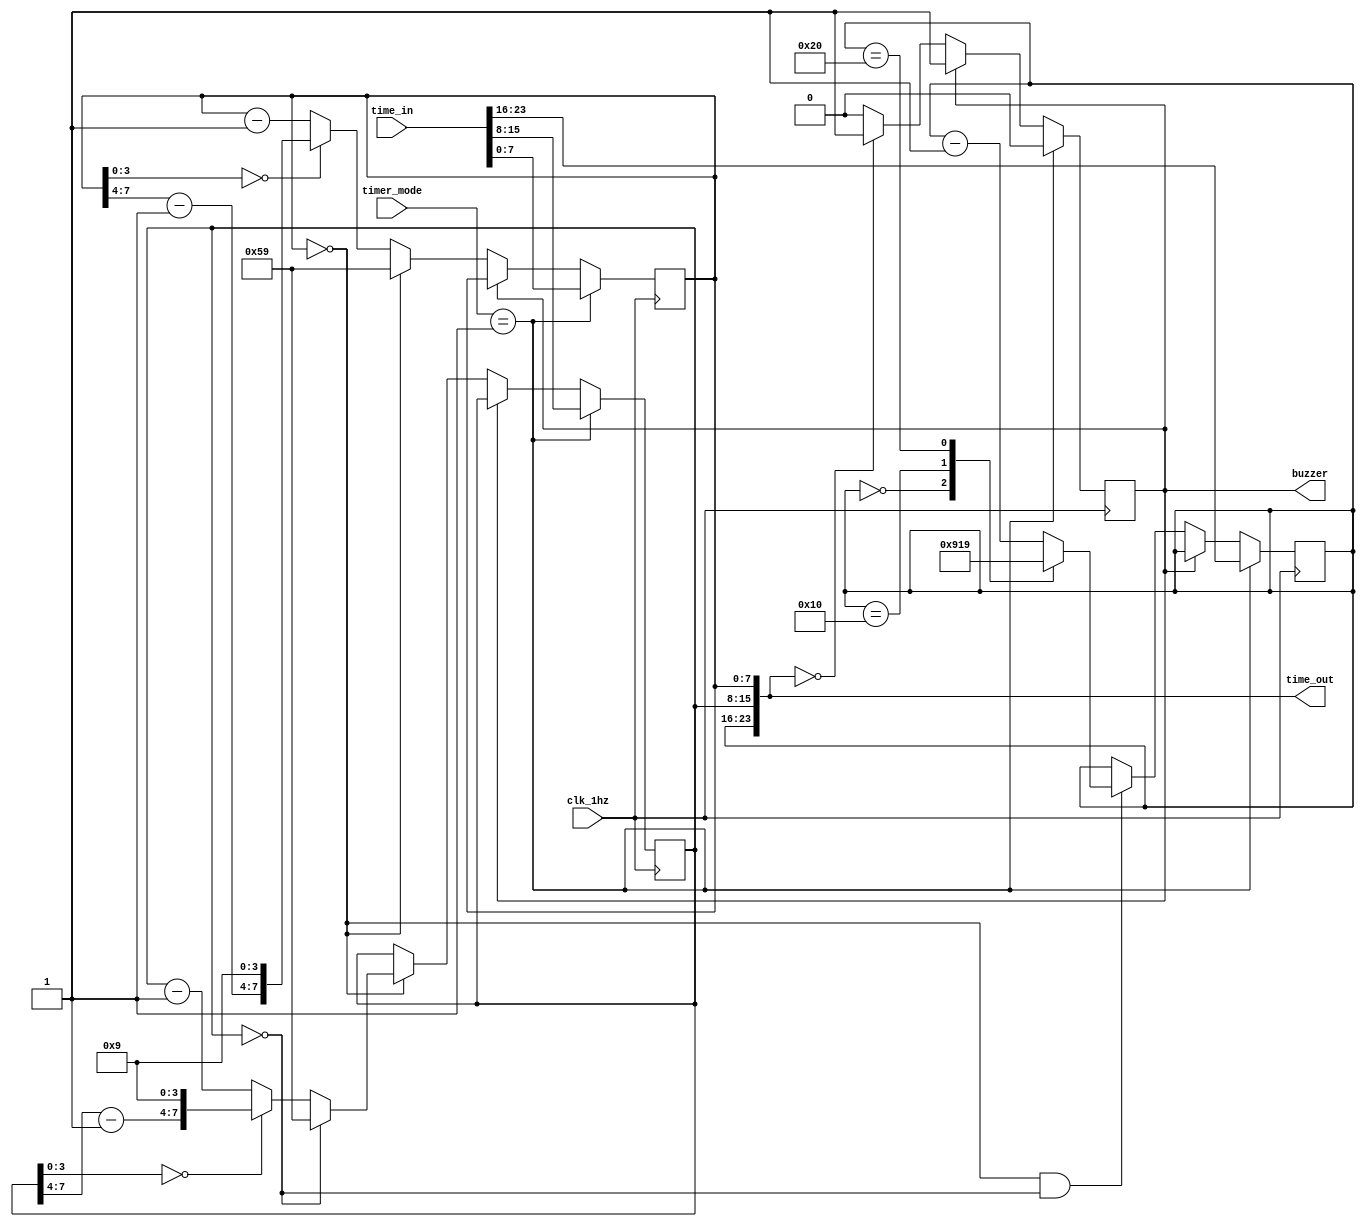
module timer(input wire clk_1hz, input wire[1:0] timer_mode, input wire[23:0] time_in, output wire[23:0] time_out, output wire buzzer);

  //separated time signals to respective meaning
  wire [7:0] sec_in, min_in, hour_in;
  reg [7:0] sec_reg, min_reg, hour_reg;
  reg isbuzzer;

  //separation and combination of time signals
  assign {hour_in, min_in, sec_in} = time_in;
  assign time_out = {hour_reg, min_reg, sec_reg};
  assign buzzer = isbuzzer; //how many seconds?

    always@(posedge clk_1hz)
    begin 
    //shallisetnow is one for 
    if (timer_mode == 2'b01)
        begin
          sec_reg <= sec_in;
          min_reg <= min_in;
          hour_reg <= hour_in;
          isbuzzer <= 0;
        end
    else if (!isbuzzer)
        begin
          isbuzzer = (time_out == 24'h0) ? 1 : 0;
            //secs
          casex(sec_reg)
            8'h00:
              begin
                sec_reg <= 8'h59;
              end
            8'h?0:
              begin
                sec_reg <= {(sec_reg[7:4]-4'h1), 4'h9};
              end
            default:
              begin
                sec_reg <= sec_reg - 8'h01;
              end
          endcase

            //mins
          if(sec_reg == 8'h00)
            begin
              casex(min_reg)
                8'h00:
                  begin
                    min_reg <= 8'h59;
                  end
                8'h?0:
                  begin
                    min_reg <= {(min_reg[7:4]-4'h1), 4'h9};
                  end
                default:
                  begin
                    min_reg <= min_reg - 8'h01;
                  end
              endcase
            end

            //hours
            if((sec_reg == 8'h00) & (min_reg == 8'h00))
            begin
              casex(hour_reg)
                8'h00:
                  begin
                    hour_reg <= 8'h00;
                  end
                8'h10:
                  begin
                    hour_reg <= 8'h09;
                  end
                8'h20: 
                  begin
                    hour_reg <= 8'h19;
                  end
                default:
                  begin
                    hour_reg <= hour_reg - 8'h01;
                  end
              endcase
            end
        end
    end

endmodule

module datemodule(input clk, input [7:0] hour_in, input [23:0] date_in, input [2:0] weekday_in, input [1:0] date_mode, output [23:0] date_out, output [2:0] weekday_out);

  //Time signal format: hhhh_hhhh
  //Date signal format: dddd_dddd.mmmm_mmmm.0010_0000_yyyy_yyyy   (1-1-2000 --> 12-12-2099) *CAUTION ABOUT THE 20** FORMAT OF YEAR*
  //When date_mode is 2, date_in is set
  //Date transitions delay is one clock cycle (posedge (hour_in = 23) --> posedge (hour_in = 0) --> posedge (date_out is changed))
  //clk: mclk, hour_in: bufferofhour, date_in: bufferofdate, date_mode: clk_mode, date_out: date
  //need to implement set logic for dates

  //separated date signals to respective meaning
  wire [7:0] day_in;
  wire [7:0] month_in;
  wire [7:0] year_in;

  reg [7:0] day_reg, day_reg_del; //day_reg_del: delayed signal
  reg [7:0] month_reg, month_reg_del; //month_reg_del: delayed signal
  reg [7:0] year_reg;
  reg [2:0] weekdayreg;
  reg [7:0] hour_reg; //Store previous hour data
  reg new_day; //Detect new day
  wire new_year, new_month; //Detect new year/month

  //separation and combination of date signals
  assign {day_in, month_in, year_in} = date_in;
  assign date_out = {day_reg, month_reg, year_reg};
  assign weekday_out = weekdayreg;

  //edge detaction for year & month changes
  assign new_year = (month_reg == 8'h01) & (month_reg_del != 8'h01);
  assign new_month = (day_reg == 8'h01) & (day_reg_del != 8'h01);

  always@(posedge clk) //edge detection
  begin
      new_day <= (hour_in == 8'h0) & (hour_reg == 8'h23);
      hour_reg <= hour_in;
      day_reg_del <= day_reg;
      month_reg_del <= month_reg;

      if(date_mode == 2'b11)  //clk_mode == 3 for set date
      begin
          year_reg <= year_in;
          month_reg <= month_in;
          day_reg <= day_in;
          weekdayreg <= weekday_in;
      end
      else begin
          //handle years
          if(new_year)
            begin
              casex(year_reg)
                8'h?9: year_reg <= {(year_reg[7:4]+4'h1),4'h0}; //(2009 --> 2010)
                default: year_reg <= year_reg + 8'b01; //(2008 --> 2009)
              endcase 
            end

          //handle months
          if(new_month)
            begin
              case(month_reg)
                8'h12: month_reg <= 8'h01; //(Dec --> Jan)
                8'h09: month_reg <= 8'h10; //(Sept --> Oct)
                default: month_reg <= month_reg + 4'h1;
              endcase 
            end

          //handle days
          if(new_day)
            begin
              casex(month_reg)
                5'd2: //February
                    casex(day_reg)
                      8'h29: day_reg <= 8'h01; //(Feb 29 --> Feb 1)
                      8'h28: day_reg <= (year_reg[1:0] == 2'b00) ? 8'h29 : 8'h1; //Leap year (only divisibility by 4 check), enough for 2000-2099
                      8'h?9: day_reg <= {(day_reg[5:4]+2'h1),4'h0}; //(Feb 09 --> Feb 10)
                      default: day_reg <= day_reg + 8'd1; 
                    endcase
                5'b00??0: //even months (30 days); April and June; 4, 6
                  casex(day_reg)
                    8'h30: day_reg <= 8'd01;
                    8'h?9: day_reg <= {(day_reg[5:4]+2'h1),4'h0}; //(Apr 09 --> Apr 10)
                    default: day_reg <= day_reg + 8'd01;
                  endcase
                5'b00??1: //odd months (31 days); January, March, May and July; 1, 3, 5, 7
                  casex(day_reg)
                    8'h31: day_reg <= 8'd01;
                    8'h?9: day_reg <= {(day_reg[5:4]+2'h1),4'h0}; //(Jan 09 --> Jan 10)
                    default: day_reg <= day_reg + 8'd01;
                  endcase
                5'b????0: //even months (31 days); August, October, December; 8, 10, 12
                  casex(day_reg)
                    8'h31: day_reg <= 8'd01;
                    8'h?9: day_reg <= {(day_reg[5:4]+2'h1),4'h0}; //(Aug 09 --> Aug 10)
                    default: day_reg <= day_reg + 8'd1;
                  endcase
                5'b????1: //odd months (30 days); September, November; 9, 11
                  casex(day_reg)
                    8'h30: day_reg <= 8'd01;
                    8'h?9: day_reg <= {(day_reg[5:4]+2'h1),4'h0}; //(Sep 09 --> Sep 10)
                    default: day_reg <= day_reg + 8'd1;
                  endcase
              endcase

              //handle weekday
              weekdayreg <= (weekdayreg == 3'b110) ? 3'b000 : weekday_out + 3'b001; //(Sun --> Mon)
            end
        end
  end     
endmodule//datemodule

module setdate (
    input clk,
    input button1,
    input button2,
    input button3,
    input [1:0] set_mode,
    output reg [3:0] day1,
    output reg [3:0] day2,
    output reg [3:0] month1,
    output reg [3:0] month2,
    output reg [3:0] year1,
    output reg [3:0] year2, 
    output reg [2:0] day );
    
    //when set_mode = 3, 

    parameter DAY = 2'b00, MONTH = 2'b01, YEAR = 2'b10, WEEKDAY = 2'b11;
    reg [1:0] state;
    reg issetpressednow;

    always @(posedge clk) begin
        if (set_mode == 2'b11) begin
            if (issetpressednow) begin
                state <= 0;
                day1 <= 0;
                day2 <= 0;
                month1 <= 0;
                month2 <= 0;
                year1 <= 0;
                year2 <= 0;
                issetpressednow <= 0;
            end

            casex(state)
                DAY: begin
                    if (button1) begin
                        day1 <= (day1 == 4'h3) ? 4'b0 : day1 + 1;
                    end
                    if (button2) begin
                        day2 <= (day2 == 4'h9) ? 4'b0 : day2 + 1;
                    end
                    if (button3) begin
                        state <= MONTH;
                    end
                end

                MONTH: begin
                    if (button1) begin
                        month1 <= (month1 == 4'h3) ? 4'b0 : month1 + 1;
                    end
                    if (button2) begin
                        month2 <= (month2 == 4'h9) ? 4'b0 : month2 + 1;
                    end
                    if (button3) begin
                        state <= YEAR;
                    end
                end

                YEAR: begin
                    if (button1) begin
                        year1 <= (year1 == 4'h9) ? 4'b0 : year1 + 1;
                    end
                    if (button2) begin
                        year2 <= (year2 == 4'h9) ? 4'b0 : year2 + 1;
                    end
                    if (button3) begin
                        state <= WEEKDAY;
                    end
                end
                
                WEEKDAY: begin
                    if (button1) begin
                        day <= (day == 3'h6) ? 3'h0 : day + 1;
                    end

                    if (button3) begin
                        state <= DAY;
                    end
                end

                default: state <= DAY;
            endcase
        end

        else begin
           issetpressednow <= 1;
        end
    end
endmodule //setdate

module settime (
    input wire clk,
    input wire button1,
    input wire button2,
    input wire button3,
    input wire [1:0] set_mode,
    output reg [3:0] hour1,
    output reg [3:0] hour2,
    output reg [3:0] min1,
    output reg [3:0] min2,
    output reg [3:0] sec1,
    output reg [3:0] sec2,
    output reg [4:0] dbg_led 
  );

    parameter HOUR = 2'b00, MIN = 2'b01, SEC = 2'b10, DONE = 2'b11;

    reg [1:0] state;
    reg issetpressednow = 0;

    //assign dbg_led = issetpressednow;

    always @(posedge clk) begin
        if (set_mode == 2'b01) begin
            if (!issetpressednow) begin // Check if setting mode is just entered
                state <= HOUR; 
                issetpressednow <= 1; // Reset issetpressednow flag
                hour1 <= 4'b0;
                hour2 <= 4'b0;
                min1 <= 4'b0;
                min2 <= 4'b0;
                sec1 <= 4'b0;
                sec2 <= 4'b0;
            end
            else begin
                dbg_led[0] <= (state == 0);
                case(state)
                    HOUR: begin
                        dbg_led[1] <= 1;
                        if (button1) begin
                            hour1 <= (hour1 == 4'h2) ? 4'b0 : hour1 + 1;
                            dbg_led[2] <= ~dbg_led[2];
                            //dbg_led[1] <= ~dbg_led[1];
                        end
                        if (button2) begin
                            hour2 <= (hour2 == 4'h9) ? 4'b0 : hour2 + 1;
                            //dbg_led[2] <= ~dbg_led[2];
                        end
                        if (button3) begin
                            state <= MIN;
                        end
                    end

                    MIN: begin
                        if (button1) begin
                            min1 <= (min1 == 4'h5) ? 4'b0 : min1 + 1;
                            //dbg_led <= ~dbg_led;
                        end
                        if (button2) begin
                            min2 <= (min2 == 4'h9) ? 4'b0 : min2 + 1;
                            //dbg_led <= ~dbg_led;
                        end
                        if (button3) begin
                            state <= SEC;
                        end
                    end

                    SEC: begin
                        if (button1) begin
                            sec1 <= (sec1 == 4'h5) ? 4'b0 : sec1 + 1;
                            //dbg_led <= ~dbg_led;
                        end
                        if (button2) begin
                            sec2 <= (sec2 == 4'h9) ? 4'b0 : sec2 + 1;
                            //dbg_led <= ~dbg_led;
                        end
                        if (button3) begin
                            state <= HOUR;
                        end
                    end
                    default: state <= HOUR;
                endcase
            end
        end
        else if (set_mode == 2'b00) begin
            issetpressednow <= 0; // Reset issetpressednow flag when setting mode ends
            dbg_led <= 0;
            dbg_led[1] <= 0;
        end
    end
endmodule //settime


module clocktime(input wire clk_1hz, input wire rst, input wire[1:0] clk_mode, input wire [23:0] time_in, output wire[23:0] time_out);

  //separated time signals to respective meaning
  wire [7:0] sec_in, min_in, hour_in;
  reg [7:0] sec_reg, min_reg, hour_reg;

  //separation and combination of time signals
  assign {hour_in, min_in, sec_in} = time_in;
  assign time_out = {hour_reg, min_reg, sec_reg};

  //handle seconds
  always@(posedge clk_1hz)
    begin
      if (rst) begin
         hour_reg <= 8'h00;
         min_reg <= 8'h00;
         sec_reg <= 8'h00;
      end

      if (clk_mode == 2'b01) begin
          sec_reg <= sec_in;
          min_reg <= min_in;
          hour_reg <= hour_in;
      end
      else if (clk_mode == 2'b00)
        begin
            //secs
          casex(sec_reg)
            8'h59:
              begin
                sec_reg <= 8'h00;
              end
            8'h?9:
              begin
                sec_reg <= {(sec_reg[7:4]+4'h1), 4'h0};
              end
            default:
              begin
                sec_reg <= sec_reg + 8'h01;
              end
          endcase

            //mins
          if(sec_reg == 8'h59)
            begin
              casex(min_reg)
                8'h59:
                  begin
                    min_reg <= 8'h0;
                  end
                8'h?9:
                  begin
                    min_reg <= {(min_reg[7:4]+4'h1), 4'h0};
                  end
                default:
                  begin
                    min_reg <= min_reg + 8'h01;
                  end
              endcase
            end

            //hours
            if((sec_reg == 8'h59) && (min_reg == 8'h59))
            begin
              casex(hour_reg)
                8'h23:
                  begin
                    hour_reg <= 8'h00;
                  end
                8'b000?1001: //09 & 19
                  begin
                    hour_reg <= {(hour_reg[5:4]+3'd1),4'd0};
                  end
                default:
                  begin
                    hour_reg <= hour_reg + 8'h01;
                  end
              endcase
            end
        end

        else begin
            
        end
    end

endmodule //clocktime

module formattime (
  input wire [1:0] clk_mode,     // Clock mode (2-bit)
  input wire [1:0] timer_mode,  // timer_mode
  input wire setampm,  // Time format toggle signal
  input wire [23:0] clock_time, // Current clock time (24-bit)
  input wire [23:0] alarm_time, // Alarm time (24-bit)
  input wire [23:0] timer_time, // Timer time (24-bit)
  output [23:0] bcd_time,   // Converted time output (24-bit)
  output ampm);

  wire [5:0] hour24Sub;
  wire [23:0] hour24; 
  wire [5:0] hour12;
  wire issetampm = 0;

  //timer_mode should be 0 for the rest of the module to work the same
  assign hour24 = (timer_mode == 2'b10 || timer_mode == 2'b01) ? timer_time : ((clk_mode == 2'b10) ? alarm_time : clock_time);
  assign hour24Sub = hour24[21:16] - ((hour24[21:17] == 5'b10000) ? 6'h18 : 6'h12); // takes care of the 9,10 bug in pm mode
  
  //changed ampm conditions to display timer counting backwards
  assign ampm = (hour24[23:16] > 8'h11 && timer_mode == 0 && clk_mode == 0); //1-->pm, 0-->am
  assign hour12 = ((hour24[23:16] == 8'h00) || (hour24[23:16] == 8'h12)) ? 6'h12 : ((ampm) ? hour24Sub : hour24[21:16]);

  //assign issetampm = (setampm == 1) ? ~issetampm : issetampm;
  //changed ampm conditions to display timer counting backwards
  assign bcd_time = (setampm && timer_mode == 0 && clk_mode == 0) ? {2'b00, hour12, hour24[15:0]} : hour24;

endmodule //formattime

module alarm(input clk, input rst, input [1:0] alarm_mode, input [15:0] in_time, output reg ring);

//in_time/out_time hhhh_hhhh_mmmm_mmmm
//clk: mclk, rst: rst, alarm_mode: clk_mode, {in_time, 8'h00}: timebuffer, ring: buzzer 
//alarm_mode == 3, in_time is set as time_alarm
//Alarm is not sensitive to seconds
//ring is high when in_time == time_alarm for one minute

  reg [15:0] time_alarm; //stores the alarm time

  //set alarm time
  always@(posedge clk)
    begin
      if(rst)
        begin
          time_alarm <= 16'd0; 
          ring <= 1'b0;
        end
      else
        begin
          time_alarm <= (alarm_mode == 2'b10) ? in_time : time_alarm;
          ring <= ((in_time >= time_alarm) && (in_time < time_alarm + 16'h0001)) ? 1 : 0; 
        end
    end
endmodule//alarm